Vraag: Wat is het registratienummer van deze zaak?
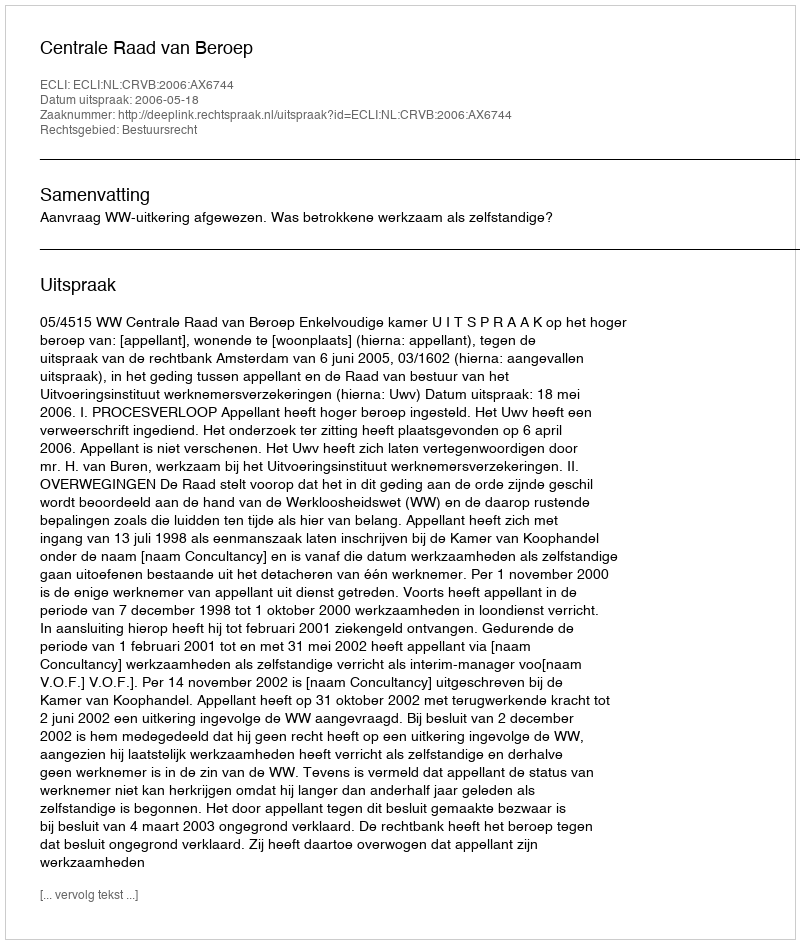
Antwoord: http://deeplink.rechtspraak.nl/uitspraak?id=ECLI:NL:CRVB:2006:AX6744